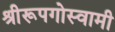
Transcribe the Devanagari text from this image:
श्रीरूपगोस्वामी